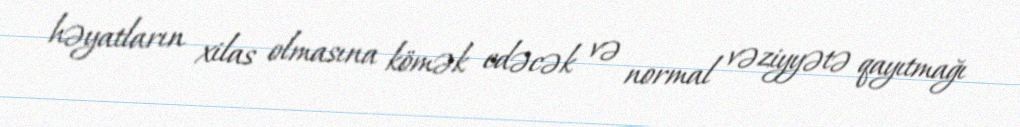
həyatların xilas olmasına kömək edəcək və normal vəziyyətə qayıtmağı